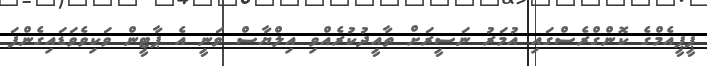
ޕީޕީއެމްގެ ކޮންގްރެސްގައި އުމަރު ނަސީރަށް ތާއީދުކުރެއްވި އިލްޔާސް ވަނީ އެ ޕާޓީން ވަކިވެވަޑައިގެންފަ